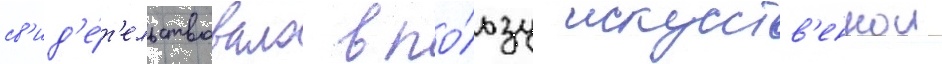
св'ид'е́т'ельствовало в по́льзу искусств'еннои